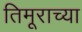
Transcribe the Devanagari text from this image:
तिमूराच्या